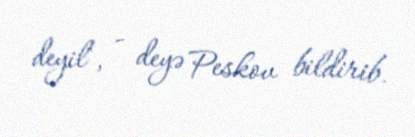
deyil", - deyə Peskov bildirib.